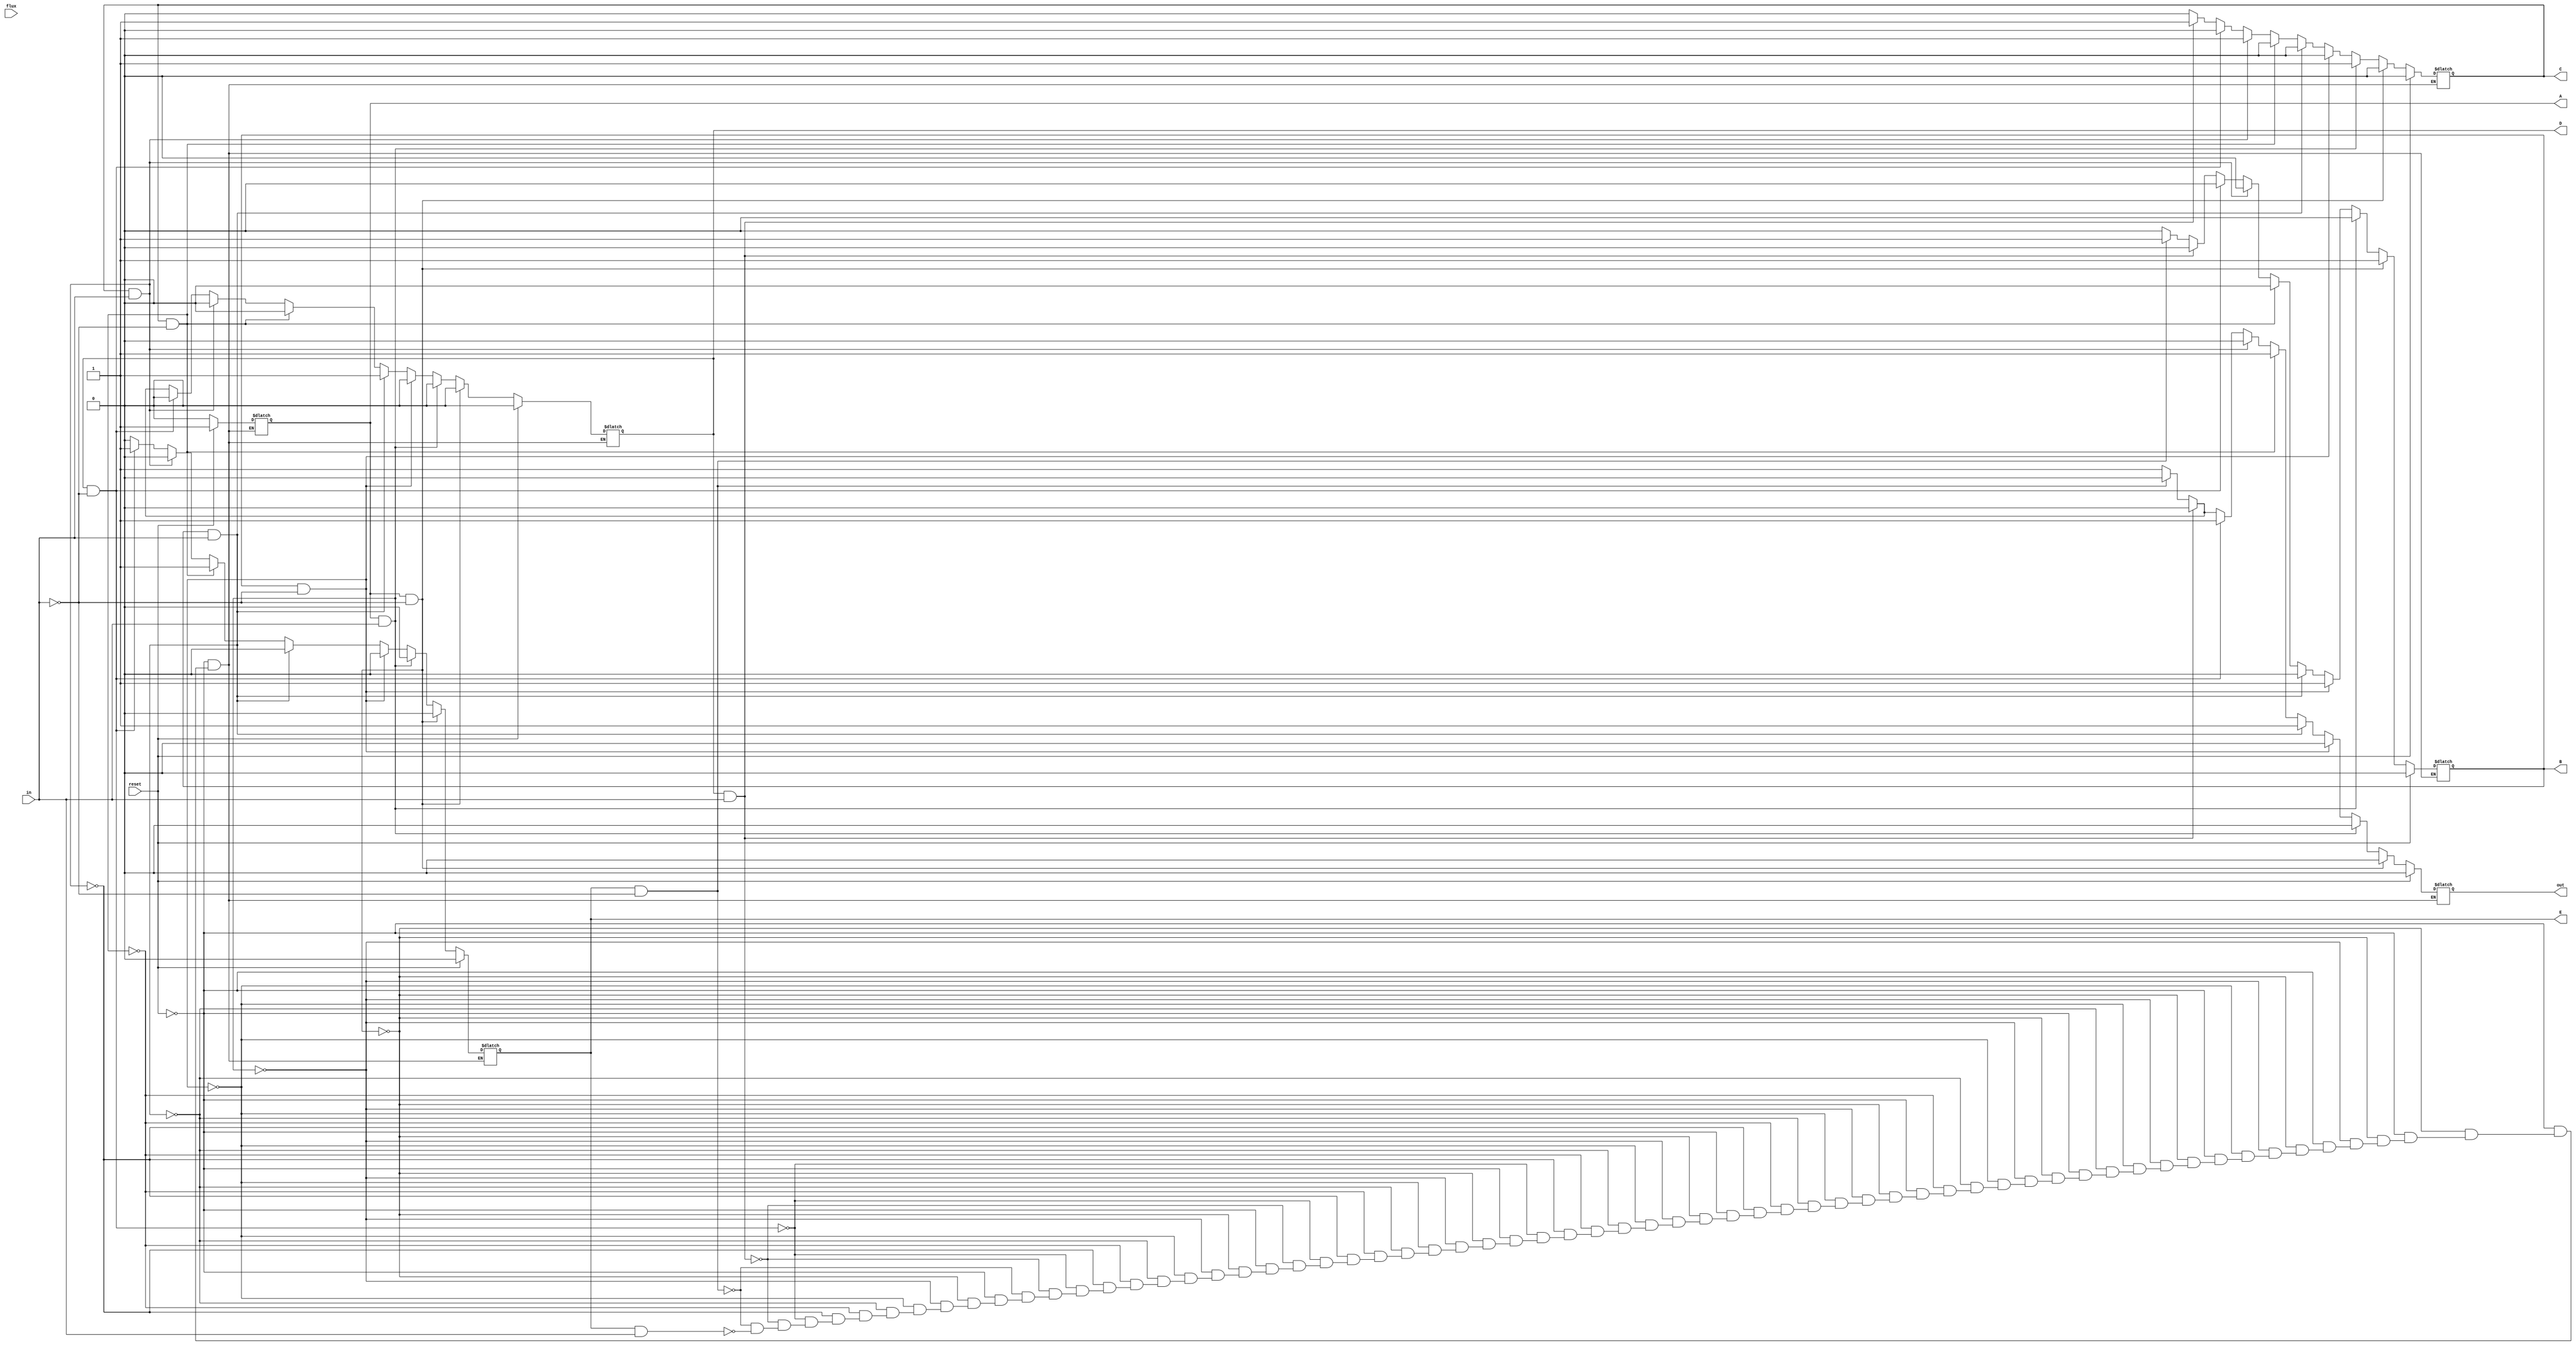
`timescale 1ns / 1ps

//Name: Michael Li
//PID: A12420469

module diagram_to_verilog(in,reset,flux,out,A,B,C,D,E);
	//input
	input in;
	input reset;
	input flux; //the purpose of this variable is to switch between 0 and 1
					//otherwise, there is no practical way of traversing the 
					//entire FSM diagram and testing all possible cases without
					//some instances ignoring the sensitivity list
	
	//output
	output out;
	output A,B,C,D,E;
	reg out;
	reg A,B,C,D,E; //current state
	always@(in or reset or flux) begin 
		if(reset == 1) begin
			A = 1; //currently at state A
			B = 0;
			C = 0;
			D = 0;
			E = 0;
			out = 0;
			$display("Reseting the FSM");
		end 
		//currently at state A, input = 0 --> state B
		else if(A == 1 && in == 0) begin 
			A = 0;
			B = 1;
			C = 0;
			D = 0;
			E = 0;
			out = 0;
			$display("Transitioning from state A to B");
		end 
		//currently at state A, input = 0 --> state C
		else if(A == 1 && in == 1) begin 
			A = 0;
			B = 0;
			C = 1;
			D = 0;
			E = 0;
			out = 0;
			$display("Transitioning from state A to C");
		end 
		//currently at state B, input = 0 --> state B
		else if(B == 1 && in == 0) begin 
			A = 0;
			B = 1;
			C = 0;
			D = 0;
			E = 0;
			out = 0;
			$display("Transitioning from state B to B");
		end 
		//currently at state B, input = 1 --> state D
		else if(B == 1 && in == 1) begin 
			A = 0;
			B = 0;
			C = 0;
			D = 1;
			E = 0;
			out = 1;
			$display("Transitioning from state B to D");
		end 
		//currently at state C, input = 0 --> state E
		else if(C == 1 && in == 0) begin 
			A = 0;
			B = 0;
			C = 0;
			D = 0;
			E = 1;
			out = 1;
			$display("Transitioning from state C to E");
		end 
		//currently at state C, input = 1 --> state C
		else if(C == 1 && in == 1) begin 
			A = 0;
			B = 0;
			C = 1;
			D = 0;
			E = 0;
			out = 0;
			$display("Transitioning from state C to C");
		end 
		//currently at state D, input = 0 --> state E
		else if(D == 1 && in == 0) begin 
			A = 0;
			B = 0;
			C = 0;
			D = 0;
			E = 1;
			out = 1;
			$display("Transitioning from state D to E");
		end 
		//currently at state D, input = 1 --> state C
		else if(D == 1 && in == 1) begin 
			A = 0;
			B = 0;
			C = 1;
			D = 0;
			E = 0;
			out = 0;
			$display("Transitioning from state D to C");
		end 
		//currently at state E, input = 0 --> state B
		else if(E == 1 && in == 0) begin 
			A = 0;
			B = 1;
			C = 0;
			D = 0;
			E = 0;
			out = 0;
			$display("Transitioning from state E to B");
		end 
		//currently at state E, input = 1 --> state D
		else if(E == 1 && in == 1) begin 
			A = 0;
			B = 0;
			C = 0;
			D = 1;
			E = 0;
			out = 1;
			$display("Transitioning from state E to D");
		end 
	end 
endmodule